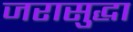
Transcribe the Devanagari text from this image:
जरासुद्धा